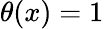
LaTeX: \theta(x)=1